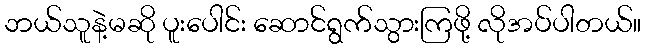
ဘယ်သူနဲ့မဆို ပူးပေါင်း ဆောင်ရွက်သွားကြဖို့ လိုအပ်ပါတယ်။